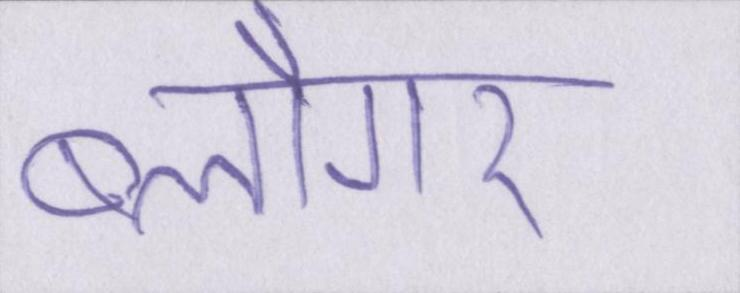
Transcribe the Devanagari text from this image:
ब्लौगर